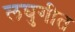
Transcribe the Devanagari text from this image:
लघुगीत